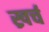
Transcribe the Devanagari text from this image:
ख्रर्च